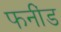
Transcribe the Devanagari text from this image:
फनींड